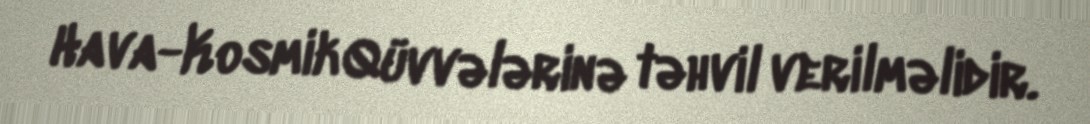
Hava-Kosmik Qüvvələrinə təhvil verilməlidir.